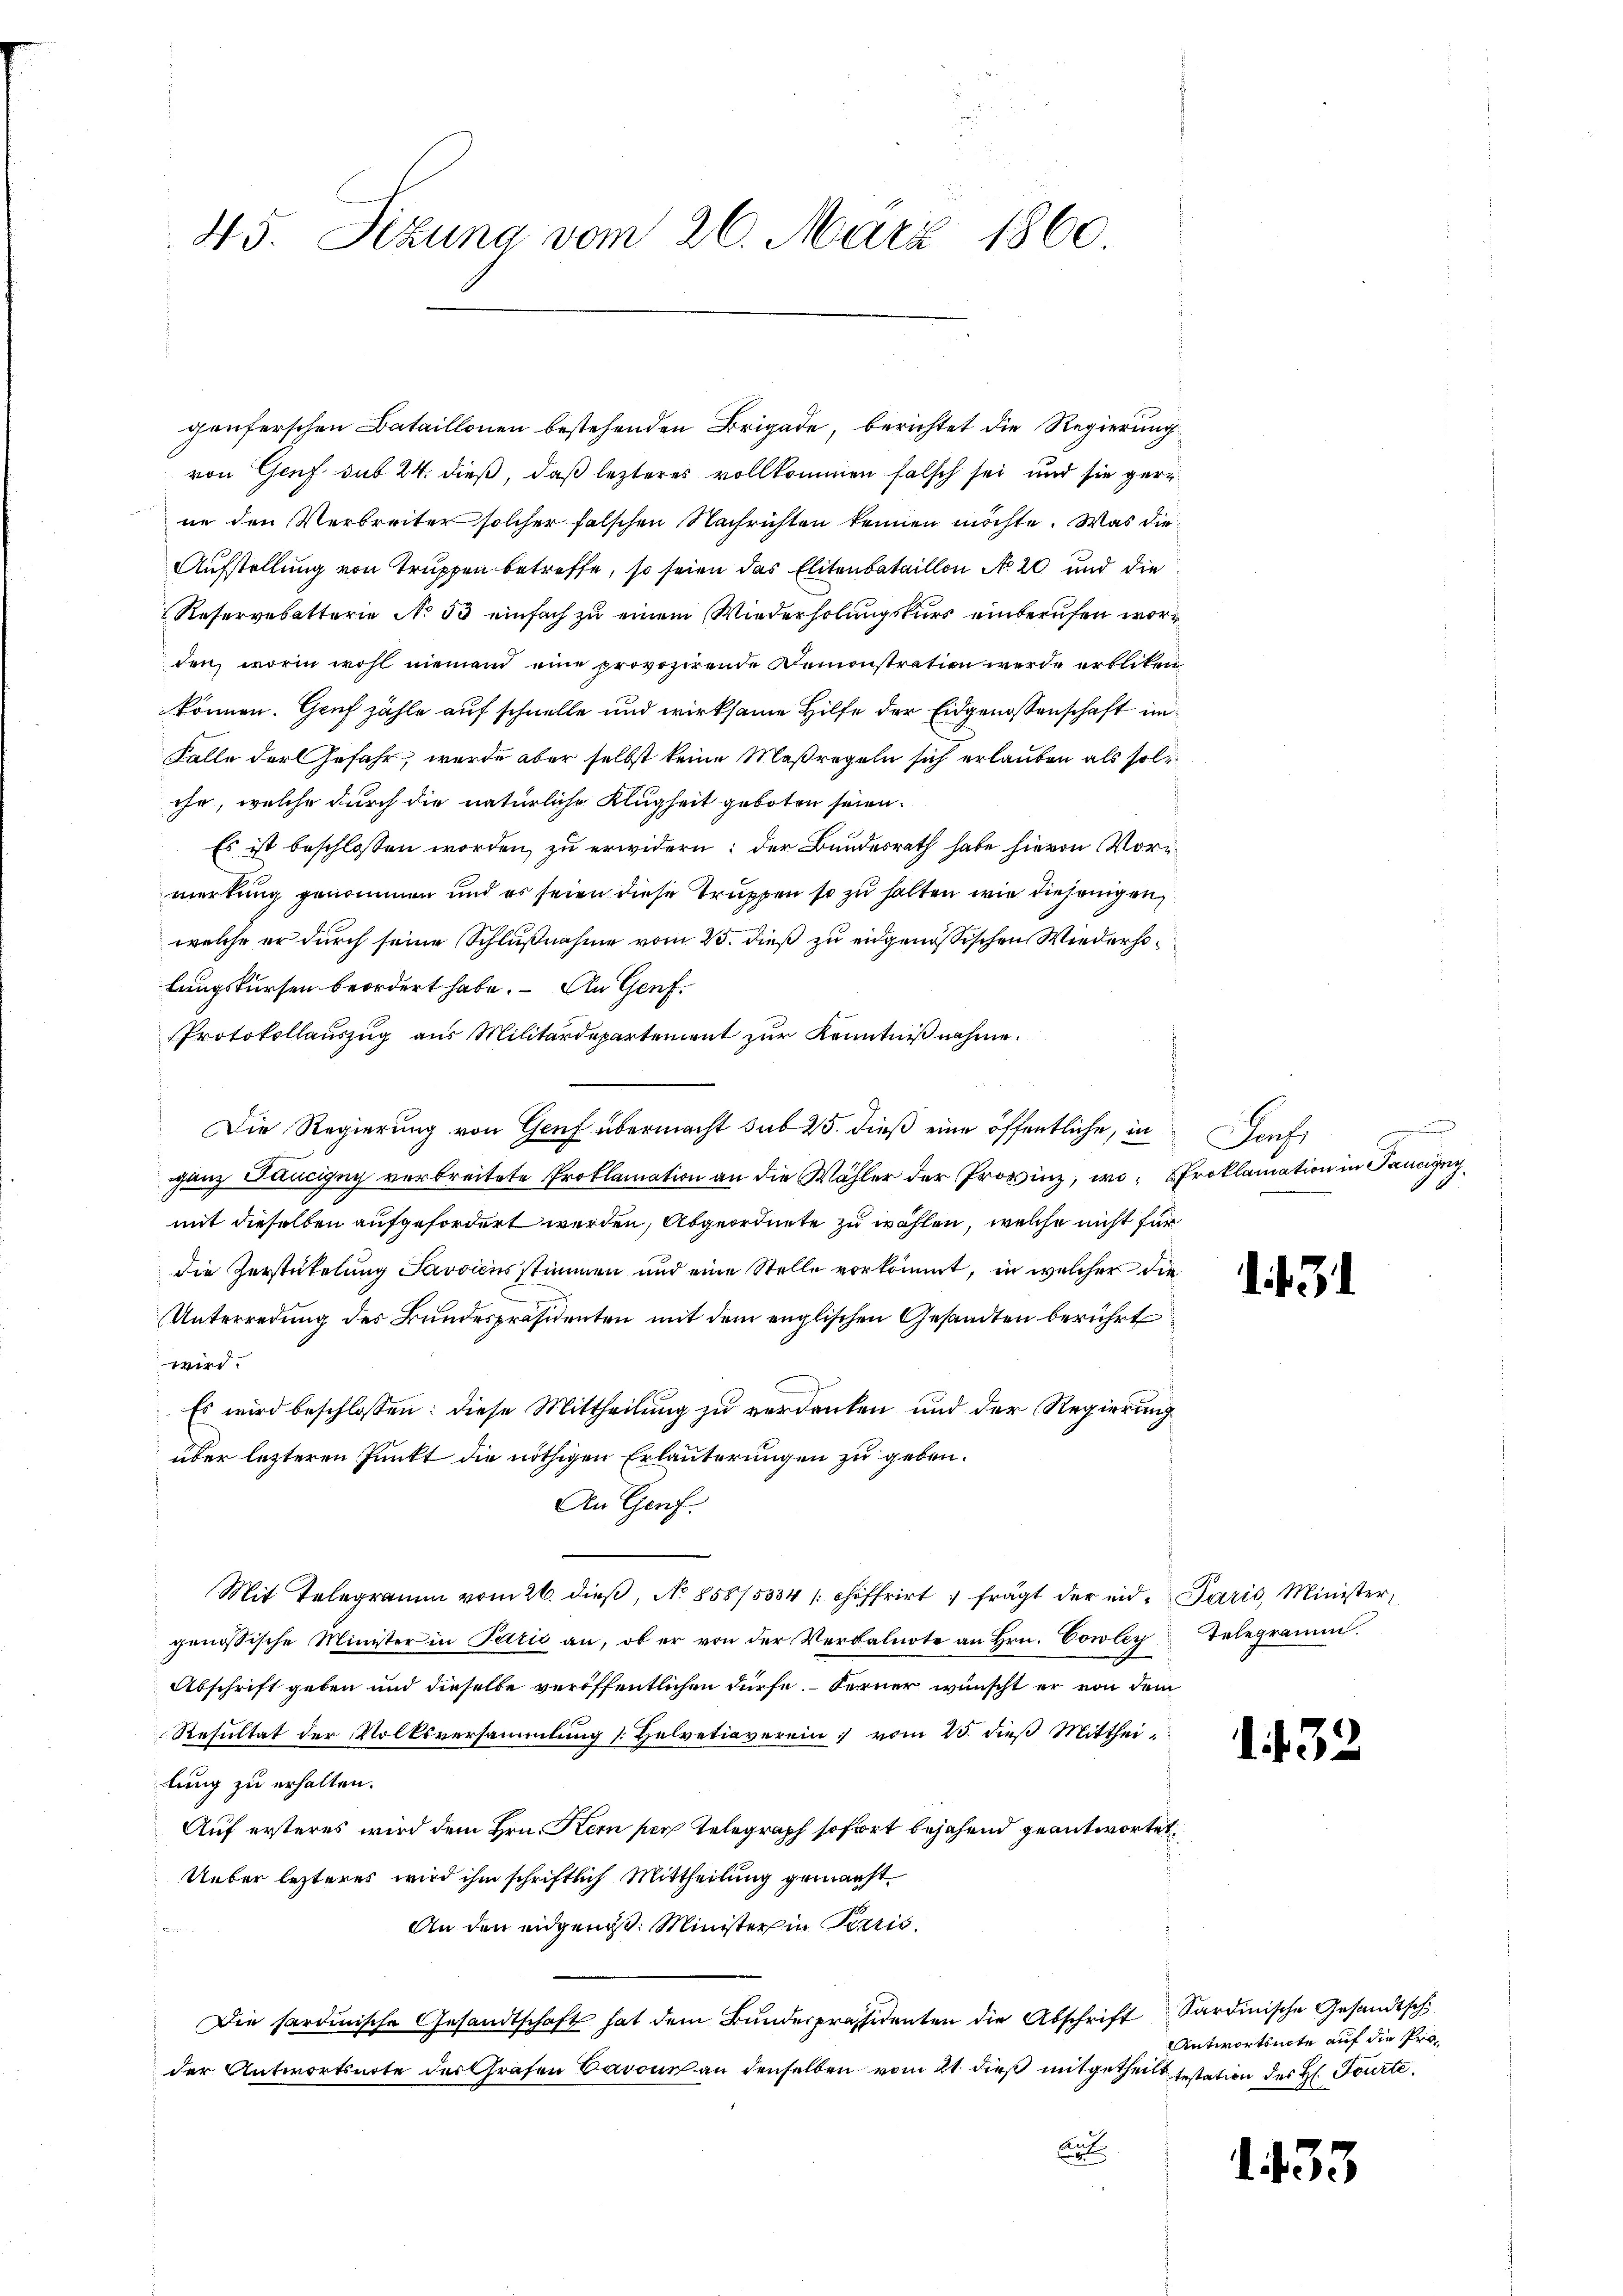
45. Sizung vom 26. März 1860

genferschen Bataillonen bestehenden Brigade, berichtet die Regierung
von Genf sub 24. dieß, daß lezteres vollkommen falsch sei und sie gern
ne den Verbreiter solcher falschen Nachrichten kennen möchte. Was die
Aufstellung von Truppen betreffe, so seien das Elitenbataillon No 20 und die
Reservebatterie No 53 einfach zu einem Wiederholungskurs einberufen worden, worin wohl nieman eine provozirende Remonstration werde erblicken
können. Gruf zähle auf schnelle und wirksame Hilfe der Eidgenossenschaft in
Falle der Gefahr, wurde aber selbst keine Maßregeln sich erlauben als solihr, welche durch die natürliche Klugheit geboten seien.
Es ist beschlossen worden, zu erwidern: der Bundesrath habe hievon Vormerkung genommen und es seien diese Truppen so zu halten wie diejenigen
welche er durch seine Schlußnahme vom 23. dieß zu eidgenössischen Wiederholungskursen beordert habe. - An Genf.
Protokollauszug aus Militärdepartement zur Kenntniß nahme.
Die Regierung von Genf übermacht sub 25. dieß eine öffentliche, in
ganz Paucigny verbreitete Proklamation an die Wähler der Provinz, wo Proklamation in Pancigny
mit dieselben aufgefordert werden, Abgeordnete zu wählen, welche nicht für
die Zerstütelung Savoicus stimmen und eine Stelle vorkommt, in welcher die
Unterredung des Bundespräsidenten mit dem englischen Gesandten berührt
wird.
Es wird beschlossen: diese Mittheilung zu verdanken und der Regierung
über letzteren Punkt die nöthigen Erläuterungen zu geben.
An Genf.
Mit Telegramm vom 26. dieβ, No 858/5334 schoffrirt frägt der eid. Paris, Minister,
genössische Minister in Paris an, ob er von der Verkalnote an Hrn. Cowley
Abschrift geben und dieselbe veröffentlichen dürfe. Ferner wünscht er von dem
Resultat der Volksversammlung s. Helvetiaverein : vom 23. dieβ Mitthei-
lung zu erhalten.
Auf ersteres wird dem Hrn. Kern per Telegraph sofort bejahend geantwortet
Ueber lezteres wird ihm schriftlich Mittheilung gemacht
An den eidgenöß: Minister in Perris
Die sardinische Gesandtschaft hat dem Bŭnderpräsidenten die Abschrift Sardinische Gesandtsch
der Antwortsnote des Grafen Barons an denselben vom 21. dieß mitgetheilt testation des H. Tourte
Cal

Sache

.

Telegramm.

1. 432

Antwortsnote auf die Pro¬

1. 433